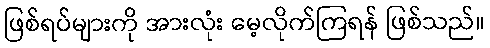
ဖြစ်ရပ်များကို အားလုံး မေ့လိုက်ကြရန် ဖြစ်သည်။